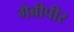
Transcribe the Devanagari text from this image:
गैबीपीर